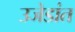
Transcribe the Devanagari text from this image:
उजेडांत